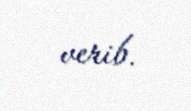
verib.